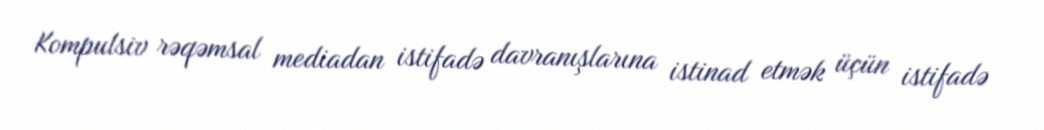
Kompulsiv rəqəmsal mediadan istifadə davranışlarına istinad etmək üçün istifadə